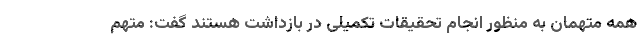
همه متهمان به منظور انجام تحقیقات تکمیلی در بازداشت هستند گفت: متهم